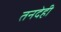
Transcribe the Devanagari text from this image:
तनदेही